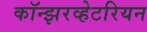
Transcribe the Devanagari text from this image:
कॉन्झरव्हेटरियन